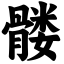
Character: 髅